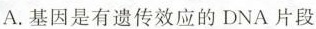
A.基因是有遗传效应的DNA片段